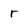
Character: r